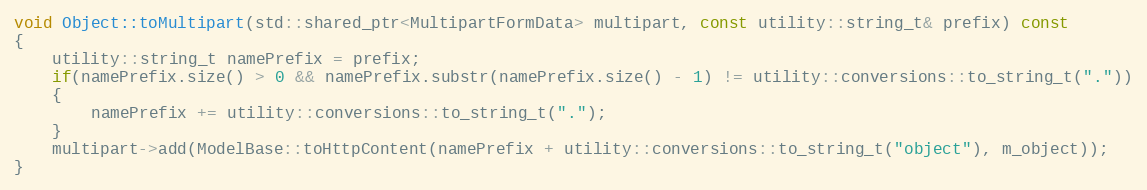
Language: C++
void Object::toMultipart(std::shared_ptr<MultipartFormData> multipart, const utility::string_t& prefix) const
{
    utility::string_t namePrefix = prefix;
    if(namePrefix.size() > 0 && namePrefix.substr(namePrefix.size() - 1) != utility::conversions::to_string_t("."))
    {
        namePrefix += utility::conversions::to_string_t(".");
    }
    multipart->add(ModelBase::toHttpContent(namePrefix + utility::conversions::to_string_t("object"), m_object));
}